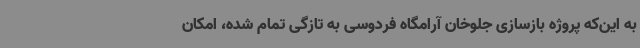
به این‌که پروژه بازسازی جلوخان آرامگاه فردوسی به تازگی تمام شده، امکان